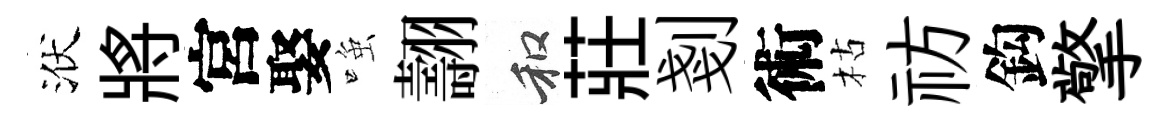
洑將宮娶𫪻翿和莊剗術枯祊鈎擎